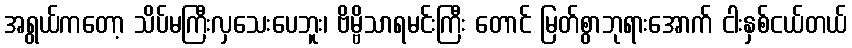
အရွယ်ကတော့ သိပ်မကြီးလှသေးပေဘူး၊ ဗိမ္ဗိသာရမင်းကြီး တောင် မြတ်စွာဘုရားအောက် ငါးနှစ်ငယ်တယ်